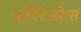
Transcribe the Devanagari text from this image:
क़विंटेस्सेन्स